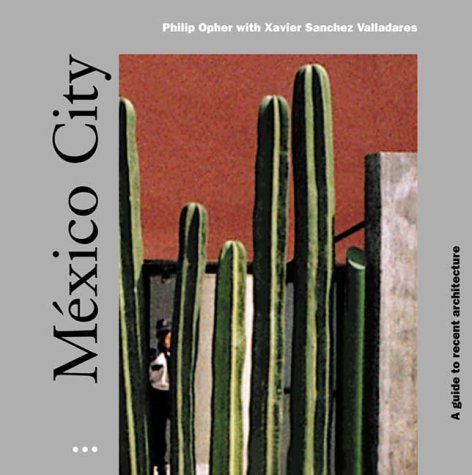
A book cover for Mexico City: A Guide to Recent Architecture; Philip Opher; Travel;